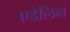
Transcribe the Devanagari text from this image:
एडेलिन